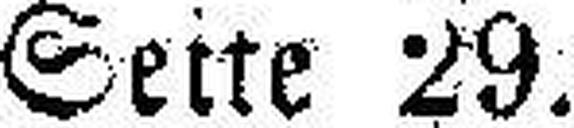
Seite 29.